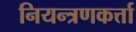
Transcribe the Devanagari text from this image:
नियन्त्रणकर्त्ता